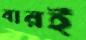
বারই